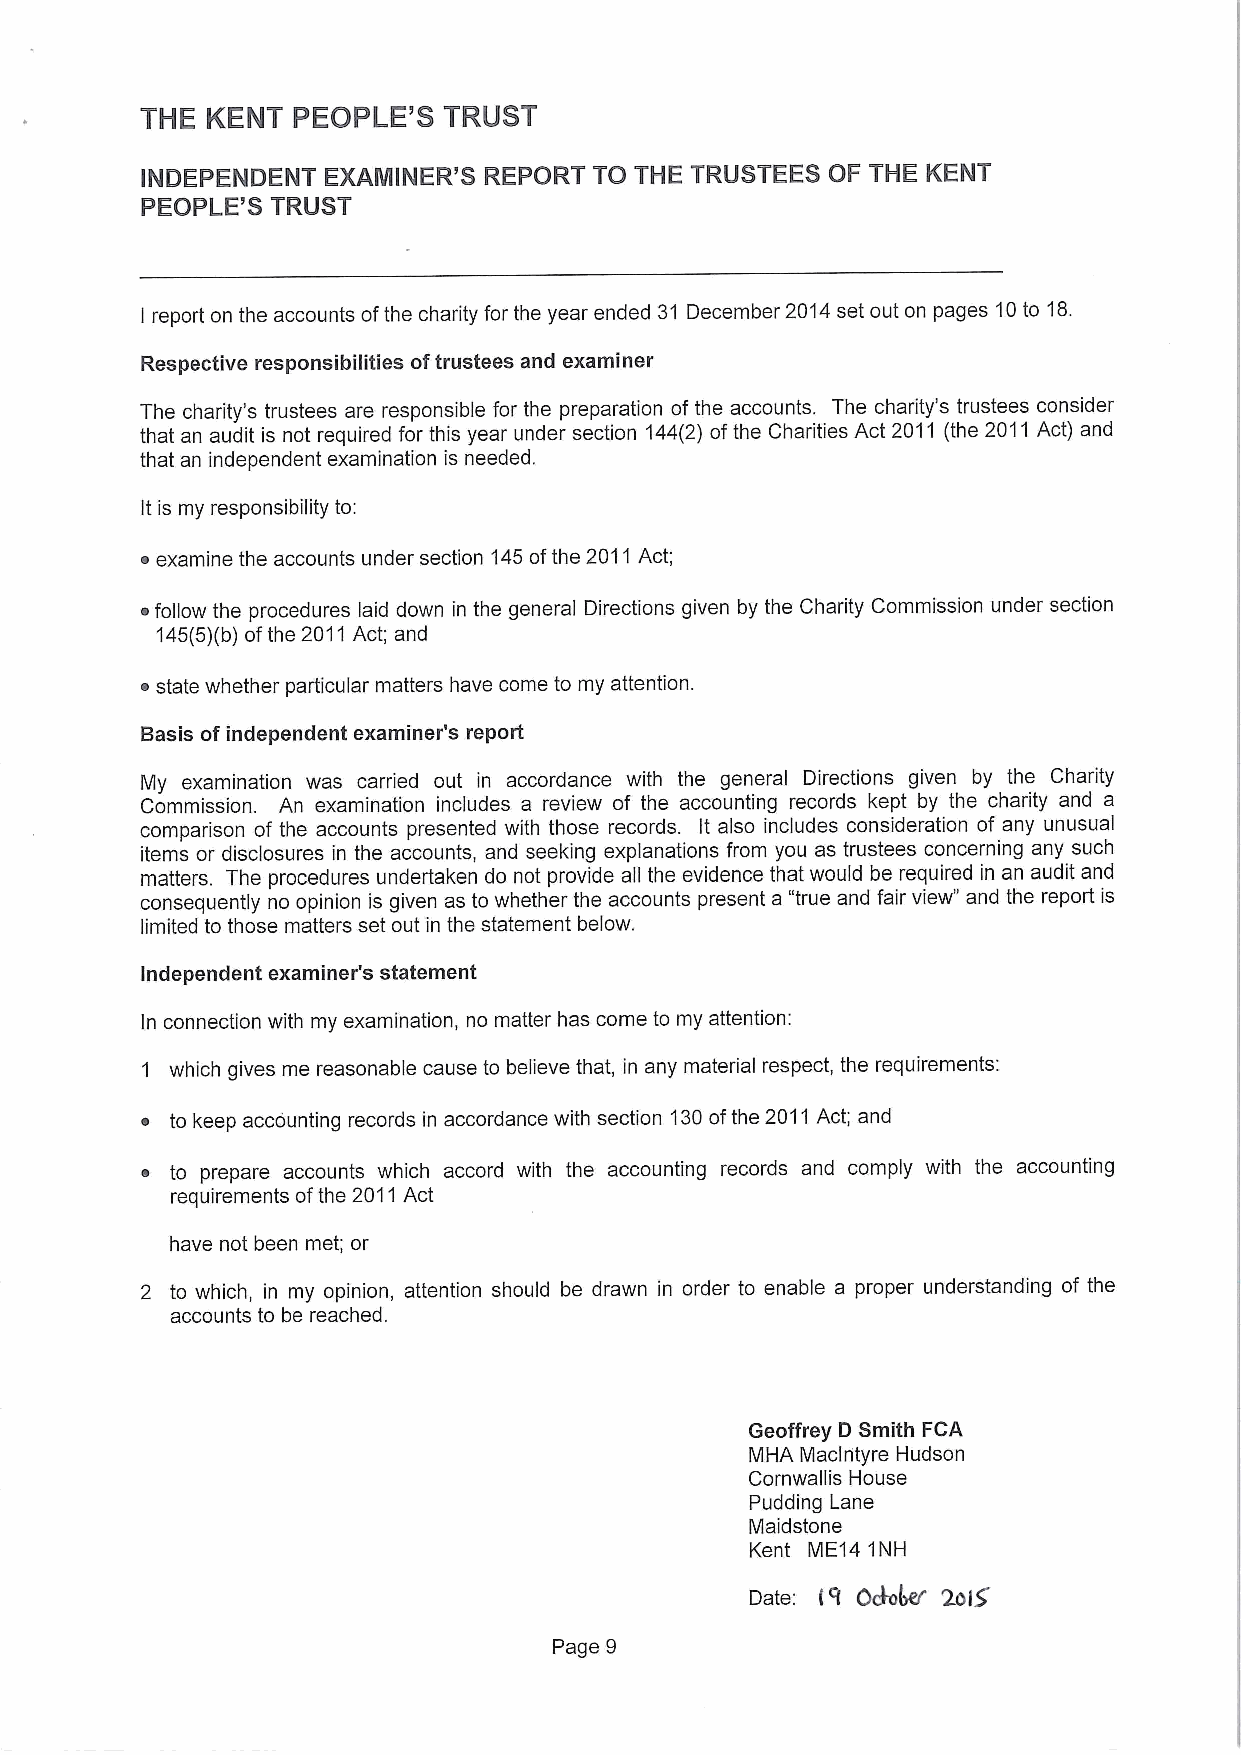
THE  KENT PEOPLE'8  TRUST
 INDEPENDENT EXAMINER'S REPORT TO THE TRUSTEES OF THE KENT
 PEOPLE'S TRUST
 report on the accounts ofthe charity for the year ended 31 December 2014set out on pages 10to 18.
 I
 Respective responsibilities oftrustees and examiner
 The charity's trustees are responsible for the preparation ofthe accounts. The charity's trustees consider
 that an audit is not required for this year under section 144(2) ofthe Charities Act 2011 (the 2011Act) and
 that an independent examination is needed.
 It is my responsibility to:
 ~ examine the accounts under section 145ofthe 2011Act;
 ~follow the procedures laid down in the general Directions given by the Charity Commission under section
 145(5)(b)ofthe 2011Act; and
 ~ state whether particular matters have come to my attention.
 Basis ofindependent examiner's report
 My examination was carried out in accordance with the general Directions given by the Charity
 Commission. An examination includes a review of the accounting records kept by the charity and a
 comparison of the accounts presented with those records. It also includes consideration of any unusual
 items or disclosures in the accounts, and seeking explanations from you as trustees concerning any such
 matters. The procedures undertaken do not provide all the evidence that would be required in an audit and
 consequently no opinion is given as to whether the accounts present a "true and fair view" and the report is
 limited to those matters set out in the statement below.
 independent examiner's statement
 In connection with my examination, no matter has come to my attention:
 1 which gives me reasonable cause to believe that, in any material respect, the requirements:
 ~ to keep accounting records in accordance with section 130ofthe 2011Act; and
 ~ to prepare accounts which accord with the accounting records and comply with the accounting
 requirements ofthe 2011Act
 have not been met; or
 2 to which, in my opinion, attention should be drawn in order to enable a proper understanding of the
 accounts to be reached.
 Geoffrey D Smith FCA
 MHA Maclrityre Hudson
 Cornwallis House
 Pudding Lane
 Maidstone
 Kent ME14 1NH
 Date: I'I Oe4~ poly'
 Page 9